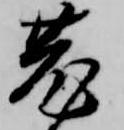
菟